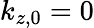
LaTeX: k_{z,0}=0